Statistical return of the lunatic asylum in Assam - 1912-1932
Year: 1912
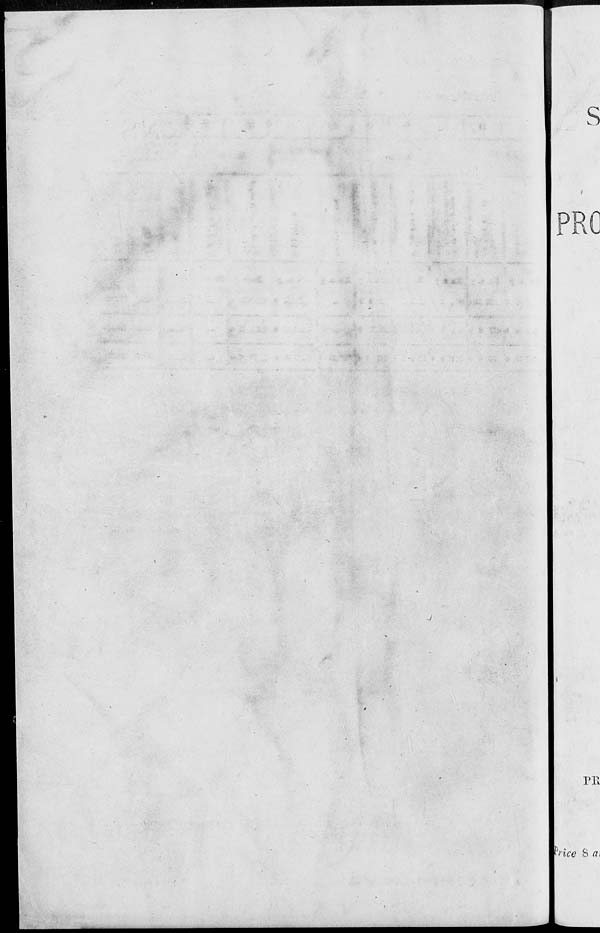
s
D
J
rn
trice 8 A*